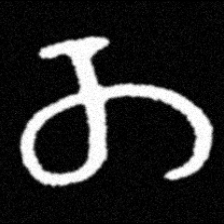
Pyu character \u2014 Myanmar letter: တ (romanized: ta)